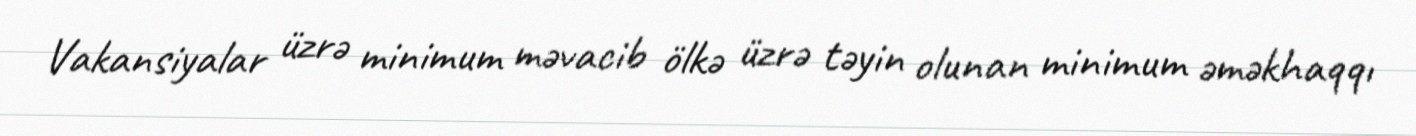
Vakansiyalar üzrə minimum məvacib ölkə üzrə təyin olunan minimum əməkhaqqı